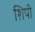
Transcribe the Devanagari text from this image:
शिपी